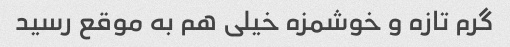
گرم تازه و خوشمزه خیلی هم به موقع رسید